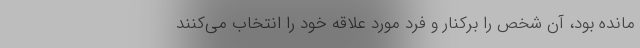
مانده بود، آن شخص را برکنار و فرد مورد علاقه خود را انتخاب می‌کنند